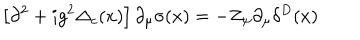
\left[ \partial ^ { 2 } + i g ^ { 2 } \Delta _ { c } ( x ) \right] \partial _ { \mu } \sigma ( x ) = - Z _ { \psi } \partial _ { \mu } \delta ^ { D } ( x )